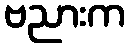
ဗညားက